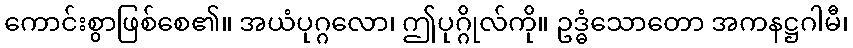
ကောင်းစွာဖြစ်စေ၏။ အယံပုဂ္ဂလော၊ ဤပုဂ္ဂိုလ်ကို။ ဥဒ္ဓံသောတော အကနဋ္ဌဂါမီ၊